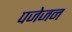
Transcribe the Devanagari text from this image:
पजेजन